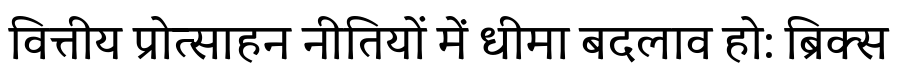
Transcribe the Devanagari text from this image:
वित्तीय प्रोत्साहन नीतियों में धीमा बदलाव हो: ब्रिक्स